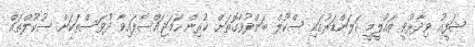
ޝަފީއު ވިދާޅުވީ ތައުލީމީ ކަލަންޑަރުގައި ސްކޫލް ބަންދުވާގޮތަށް ކުރިން ހަމަޖައްސާފައިވާ ދުވަސްތަކަށް ސުކޫލްތައް